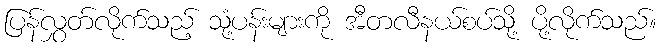
ပြန်လွှတ်လိုက်သည့် သုံ့ပန်းများကို အီတလီနယ်စပ်သို့ ပို့လိုက်သည်။